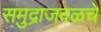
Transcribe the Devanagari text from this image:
समुद्राजवळचे